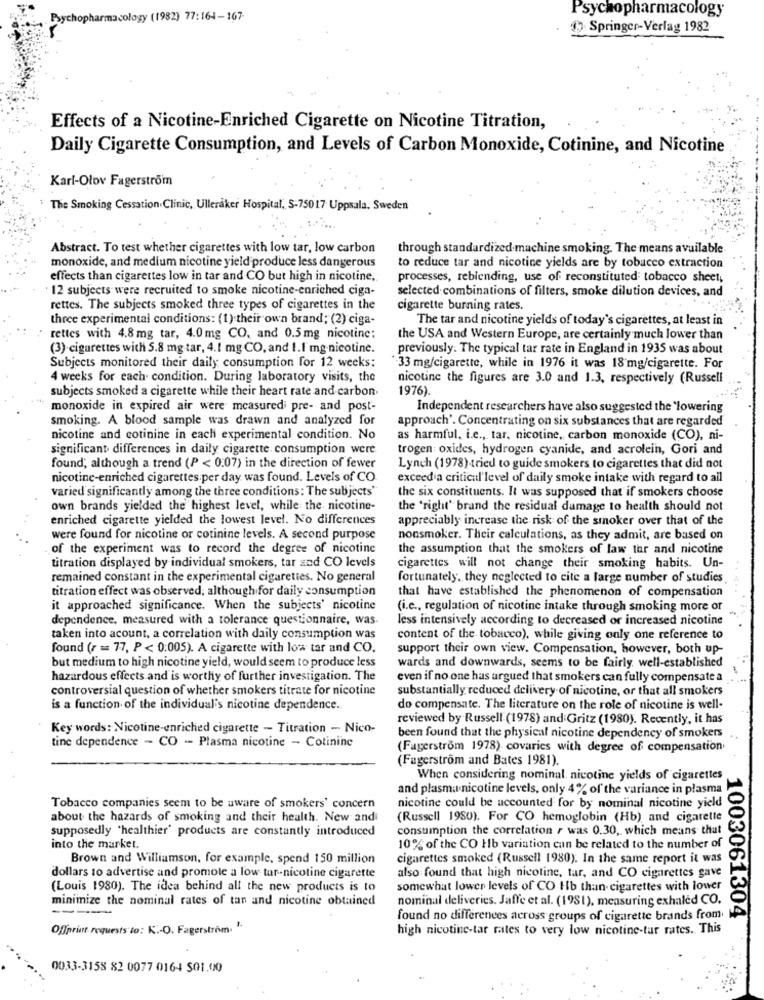
Psychopharmacology
Psychopharmacology (1982) 77:164-167-
Springer-Verlag 1982
Effects of a Nicotine-Enriched Cigarette on Nicotine Titration,
Daily Cigarette Consumption, and Levels of Carbon Monoxide, Cotinine, and Nicotine
Karl-Olov Fagerström
The Smoking Cessation.Clinic, Ulleraker Hospital, S-75017 Uppsala. Sweden
Abstract. To test whether cigarettes with low tar, low carbon
through standardized machine smoking. The means available
monoxide, and medium nicotine yield produce less dangerous
to reduce tar and nicotine yields are by tobacco extraction
effects than cigarettes low in tar and CO but high in nicotine,
processes, reblending, use of reconstituted tobacco sheet,
12 subjects were recruited to smoke nicotine-enriched ciga-
selected combinations of filters, smoke dilution devices, and
rettes. The subjects smoked three types of cigarettes in the
cigarette burning rates.
three experimental conditions: (1) their own brand; (2) ciga-
The tar and nicotine yields of today's cigarettes, at least in
rettes with 4.8 mg tar, 4.0mg CO, and 0.5mg nicotine;
the USA and Western Europe, are certainly much lower than
(3) cigarettes with 5.8 mg tar, 4.1 mg CO, and 1.1 mg nicotine.
previously. The typical tar rate in England in 1935 was about
Subjects monitored their daily consumption for 12 weeks:
33 mg/cigarette, while in 1976 it was 18 mg/cigarette. For
4 weeks for each. condition. During laboratory visits, the
nicotine the figures are 3.0 and 1.3, respectively (Russell
subjects smoked a cigarette while their heart rate and carbon.
1976).
monoxide in expired air were measured pre- and post-
Independent researchers have also suggested the `lowering
smoking. A blood sample was drawn and analyzed for
approach'. Concentrating on six substances that are regarded
nicotine and cotinine in each experimental condition. No
as harmful, i.e ., tar, nicotine, carbon monoxide (CO), ni-
significant differences in daily cigarette consumption were
trogen: oxides, hydrogen cyanide, and acrolein, Gori and
found; although a trend (P < 0.07) in the direction of fewer
Lynch (1978) tried to guide smokers to cigarettes that did not
nicotine-enriched cigarettes per day was found. Levels of CO
exceed a critical level of daily smoke intake with regard to all
varied significantly among the three conditions: The subjects'
the six constituents. It was supposed that if smokers choose
own brands yielded the highest level, while the nicotine-
the 'right' brand the residual damage to health should not
enriched cigarette yielded the lowest level. No differences
appreciably increase the risk of the smoker over that of the
were found for nicotine or cotinine levels. A second purpose
nonsmoker. Their calculations, as they admit, are based on
of the experiment was to record the degree of nicotine
the assumption that the smokers of law tar and nicotine
titration displayed by individual smokers, tar and CO levels
cigarettes will not change their smoking habits. Un-
remained constant in the experimental cigarettes. No general
fortunately, they neglected to cite a large number of studies
titration effect was observed, although for daily consumption
that have established the phenomenon of compensation
it approached significance. When the subjects' nicotine
(i.e ., regulation of nicotine intake through smoking more or
dependence, measured with a tolerance questionnaire, was.
less intensively according to decreased or increased nicotine
taken into acount, a correlation with daily consumption was
content of the tobacco), while giving only one reference to
found (r == 77, P < 0:005). A cigarette with low tar and CO.
support their own view. Compensation, however, both up-
but medium to high nicotine yield, would seem to produce less
wards and downwards, seems to be fairly. well-established
hazardous effects and is worthy of further investigation. The
even if no one has argued that smokers can fully compensate a
controversial question of whether smokers titrate for nicotine
substantially reduced delivery of nicotine, or that all smokers
is a function of the individual's nicotine dependence.
do compensate. The literature on the role of nicotine is well-
reviewed by Russell (1978) and Gritz (1980). Recently, it has
Key words: Nicotine-enriched cigarette - Titration - Nico-
tine dependence - CO - Plasma nicotine - Cotinine
been found that the physical nicotine dependency of smokers
(Fagerström 1978) covaries with degree of compensation
(Fagerström and Bates 1981).
When considering nominal nicotine yields of cigarettes
and plasma nicotine levels, only 4% of the variance in plasma
Tobacco companies seem to be aware of smokers' concern
nicotine could be accounted for by nominal nicotine yield
about the hazards of smoking and their health. New and
(Russell 1980). For CO hemoglobin (Hb) and cigarette
supposedly 'healthier' products are constantly introduced
consumption the correlation r was 0.30, which means that
into the market.
10% of the CO Hb variation can be related to the number of
Brown and Williamson, for example, spend 150 million
cigarettes smoked (Russell 1980). In the same report it was
dollars to advertise and promote a low tar-nicotine cigarette
also found that high nicotine, tar, and CO cigarettes gave
(Louis 1980). The idea behind all the new products is to
somewhat lower levels of CO Hb than cigarettes with lower
minimize the nominal rates of tan and nicotine obtained
nominal deliveries. Jaffe et al. (1981), measuring exhaled CO.
found no differences across groups of cigarette brands from. No
1003061304
Offprint requests to: K .- O. Fagerström. "
high nicotine-tar rates to very low nicotine-tar rates. This
0033-3158 82 0077 0164 501.00